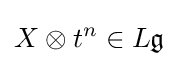
X\otimes t^{n}\in L{\mathfrak {g}}